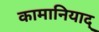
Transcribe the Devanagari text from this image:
कामानियाद्